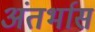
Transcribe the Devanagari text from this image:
अंतर्भास